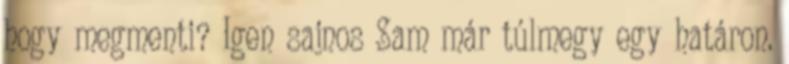
hogy megmenti? Igen sajnos Sam már túlmegy egy határon.